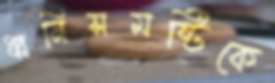
ধ্বনিসমষ্টিকে